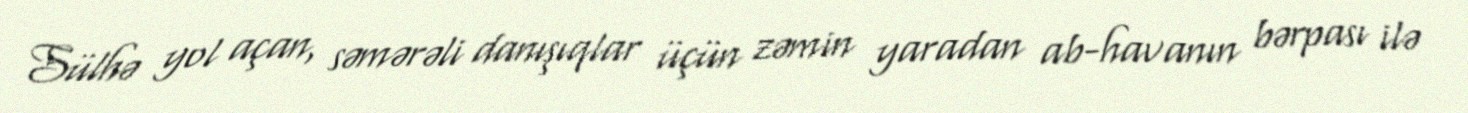
Sülhə yol açan, səmərəli danışıqlar üçün zəmin yaradan ab-havanın bərpası ilə